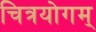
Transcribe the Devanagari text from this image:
चित्रयोगम्